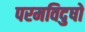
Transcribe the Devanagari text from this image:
परमविदुषो